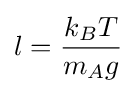
l={\frac {k_{B}T}{m_{A}g}}